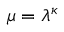
\mu = \lambda ^ { \kappa }